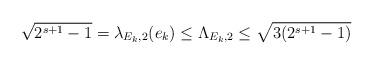
LaTeX: \begin{align*}\sqrt{2^{s+1}-1}= \lambda_{{E_k},2}(e_k)\le \Lambda_{{E_k},2}\le \sqrt{3 (2^{s+1}-1)}\end{align*}